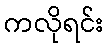
ကလိုရင်း